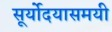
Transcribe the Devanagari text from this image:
सूर्योदयासमयी